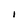
Character: I